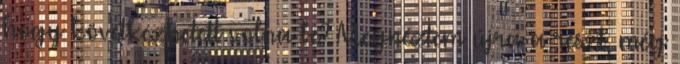
hogy következhetett volna be? Megnéztem újra a részt, még